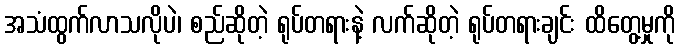
အသံထွက်လာသလိုပဲ၊ စည်ဆိုတဲ့ ရုပ်တရားနဲ့ လက်ဆိုတဲ့ ရုပ်တရားချင်း ထိတွေ့မှုကို